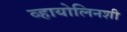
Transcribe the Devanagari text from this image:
व्हायोलिनशी